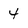
Character: 4